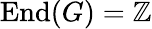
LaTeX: {\mathrm{End}}(G)=\mathbb{Z}